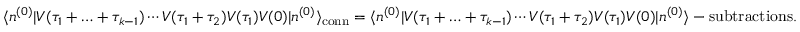
\langle n ^ { ( 0 ) } | V ( \tau _ { 1 } + \ldots + \tau _ { k - 1 } ) \dotsm V ( \tau _ { 1 } + \tau _ { 2 } ) V ( \tau _ { 1 } ) V ( 0 ) | n ^ { ( 0 ) } \rangle _ { \mathrm { c o n n } } = \langle n ^ { ( 0 ) } | V ( \tau _ { 1 } + \ldots + \tau _ { k - 1 } ) \dotsm V ( \tau _ { 1 } + \tau _ { 2 } ) V ( \tau _ { 1 } ) V ( 0 ) | n ^ { ( 0 ) } \rangle - { \mathrm { s u b t r a c t i o n s } } .